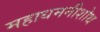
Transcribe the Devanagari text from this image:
महाधमनीशोथ